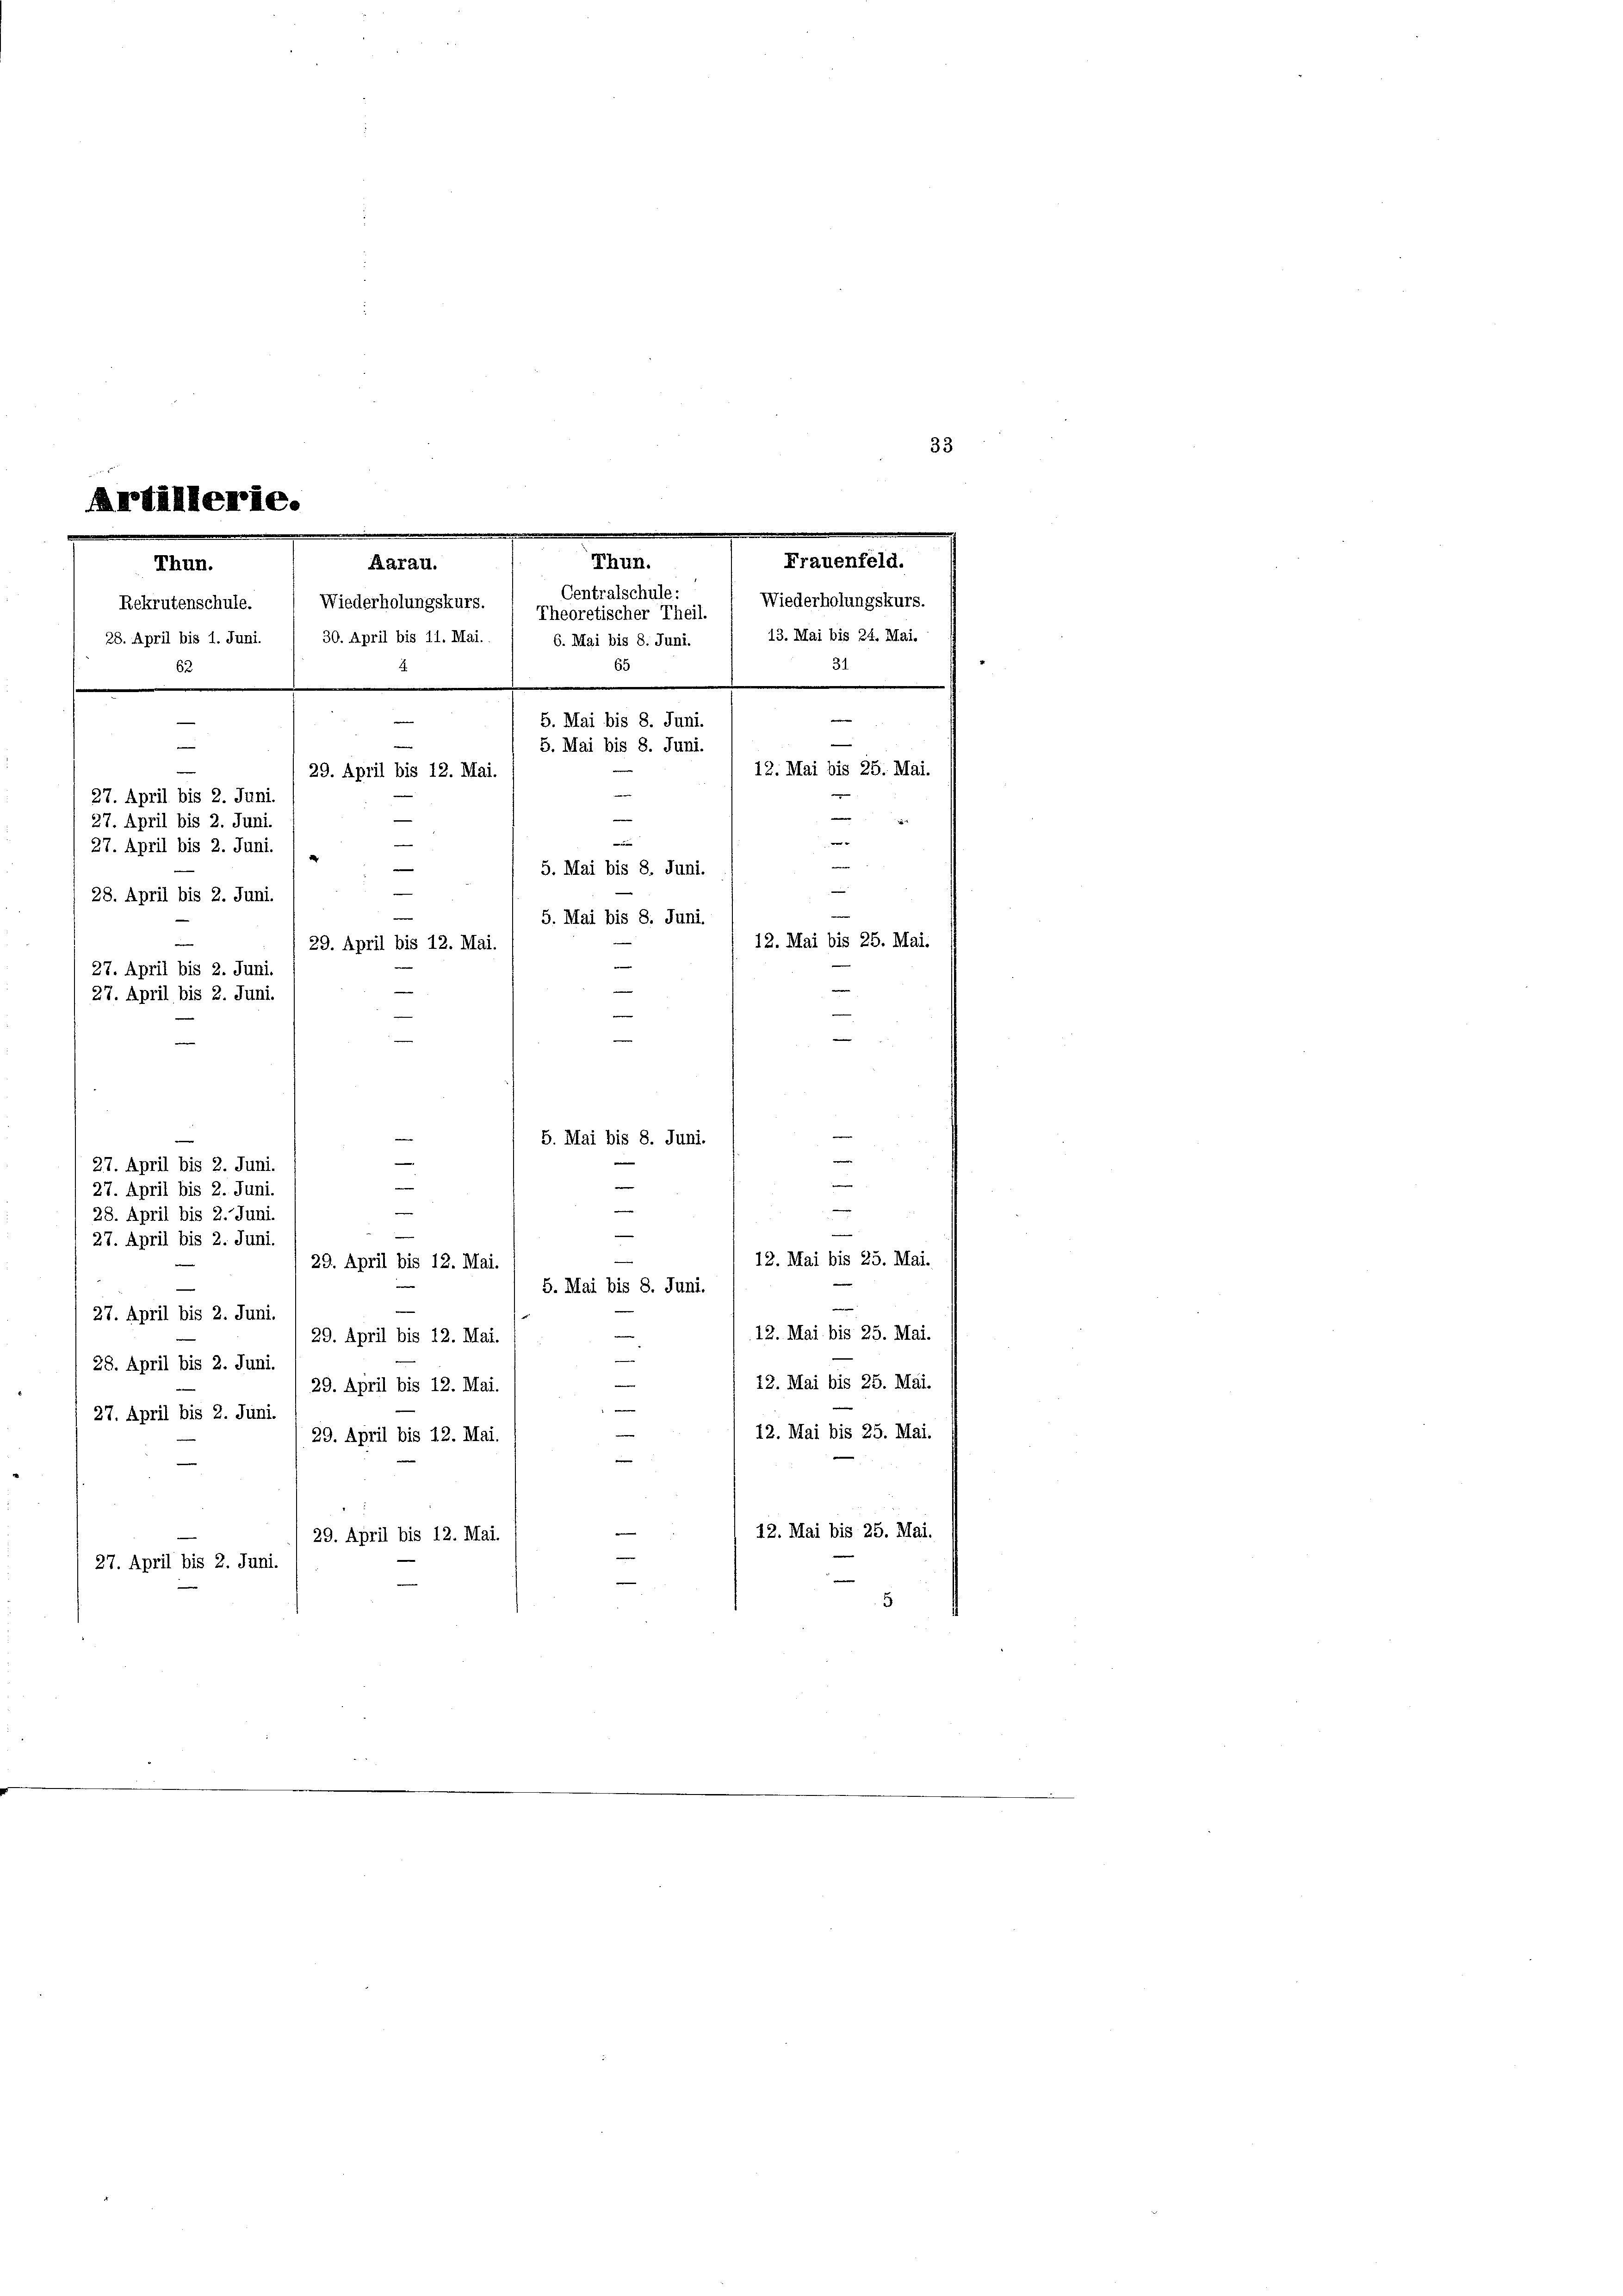
28. April bis 1. Juni. (
63
e

33
e
Artillerie.

Thun.

.
Thun.
Aarau.
Centralschule:

u
29. April bis 12. Mai.
—

Wiederholungskurs.

Frauenfeld.

Rekrutenschule. ( Wiederholungskurs.  Theoretischer Theil.
13. Mai bis 24. Mai.
30. April bis 11. Mai.
6. Mai bis 8. Juni.
¬
5
5. Mai bis 8. Juni.
—
5. Mai bis 8. Juni
n
.
27. April bis 2. Juni.
—
27. April bis 2. Juni.
e
27. April bis 2. Juni.
e
5. Mai bis 8. Juni.
e
—
e
28. April bis 2. Juni.
e
5. Mai bis 8. Juni.
12. Mai bis 25. Mai.
29. April bis 12. Mai.
27. April bis 2. Juni.
—
27. April bis 2. Juni.
e
d
¬
ge
n
5. Mai bis 8. Juni.
e
—
27. April bis 2. Juni.
.
27. April bis 2. Juni.
e
n
e
28. April bis 2. Juni.
—
27. April bis 2. Juni.
12. Mai bis 25. Mai.
29. April bis 12. Mai.
5. Mai bis 8. Juni.
27. April bis 2. Juni.
12. Mai bis 25. Mai.
29. April bis 12. Mai.
28. April bis 2. Juni.
12. Mai bis 25. Mai.
29. April bis 12. Mai.
27. April bis 2. Juni.
12. Mai bis 25. Mai.
29. April bis 12. Mai
12. Mai bis 25. Mai.
29. April bis 12. Mai.
27. April bis 2. Juni.
d

31
12. Mai bis 25. Mai.
.
2
.
|